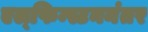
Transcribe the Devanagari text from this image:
एल्‌फिन्स्टननंतर